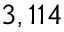
3 , 1 1 4